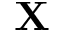
\mathbf { X }